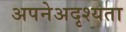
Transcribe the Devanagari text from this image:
अपनेअदृश्यता